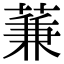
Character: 蒹